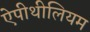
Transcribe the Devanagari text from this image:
ऐपीथीलियम